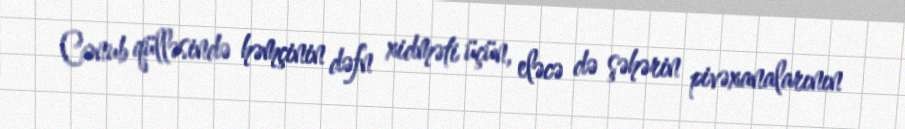
Cənub qülləsində həmçinin dəfn xidməti üçün, eləcə də şəhərin pivəxanalarının